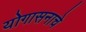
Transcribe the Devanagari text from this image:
योगासनाचे